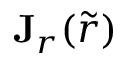
\mathbf { J } _ { \boldsymbol { r } } ( \tilde { \boldsymbol { r } } )